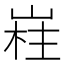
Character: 嵀